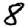
Digit: 8